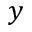
y